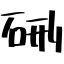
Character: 硎